Scottish Leaving Certificate Examination, 1960
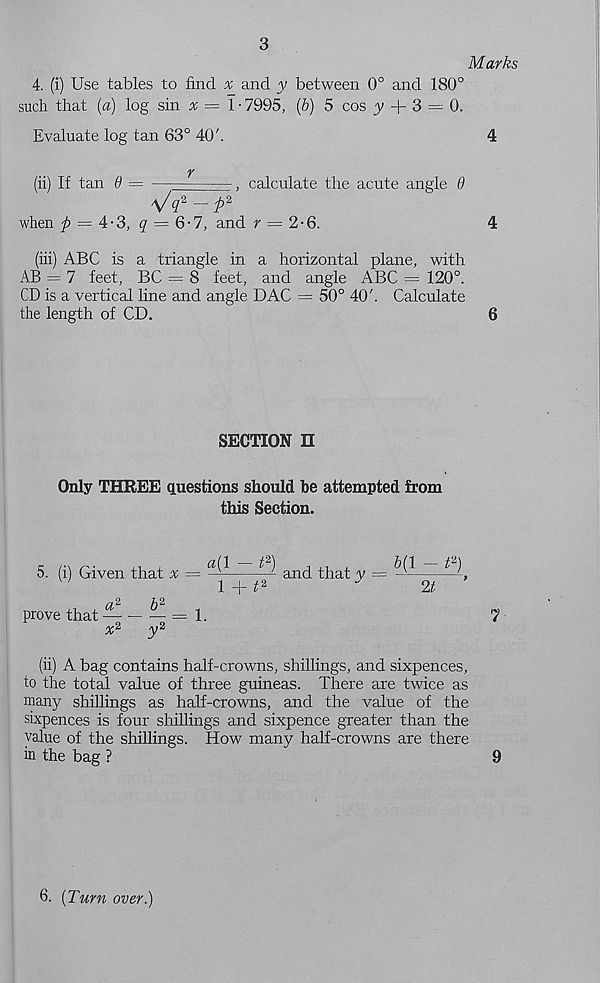
3
Marks
4. (i) Use tables to find % and y between 0° and 180°
such that (a) log sin ^ = 1 • 7995, (b) 5 cos 3/ + 3 = 0.
Evaluate log tan 63° 40'.
4
(ii) If tan 9 = —
g calculate the acute angle 9
\/ q* — ft 2
when p = A-3, ^ = 6-7, and r = 2-6.
4
(iii) ABC is a triangle in a horizontal plane, with
AB = 7 feet, BC = 8 feet, and angle ABC = 120°.
CD is a vertical line and angle DAC = 50° 40'. Calculate
the length of CD.
6
SECTION n
Only THREE questions should be attempted from
this Section.
5. (i) Given that #
prove that — - — = 1.
a(\ — t 2 )
1 + t 2 and that y = - b ( 1 ~~
2t
x*
(ii) A bag contains half-crowns, shillings, and sixpences,
to the total value of three guineas. There are twice as
many shillings as half-crowns, and the value of the
sixpences is four shillings and sixpence greater than the
value of the shillings. How many half-crowns are there
m the bag ?
9
6. {Turn over.)